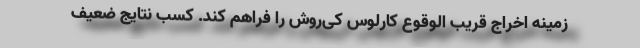
زمینه اخراج قریب الوقوع کارلوس کی‌روش را فراهم کند. کسب نتایج ضعیف